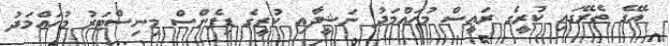
އޭގެ ތެރޭގައި ކުރީގެ ރައީސް މުހައްމަދު ނަޝީދާއި ކުރީގެ ޑިފެންސް މިނިސްޓަރު މުހައްމަދު